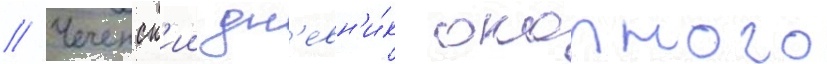
// Чеченск'ии дн'евн'и́к окопного